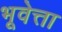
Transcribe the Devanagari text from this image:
भूवेत्ता